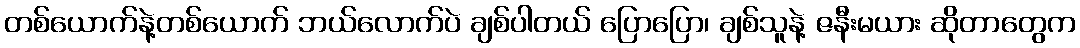
တစ်ယောက်နဲ့တစ်ယောက် ဘယ်လောက်ပဲ ချစ်ပါတယ် ပြောပြော၊ ချစ်သူနဲ့ ဇနီးမယား ဆိုတာတွေက